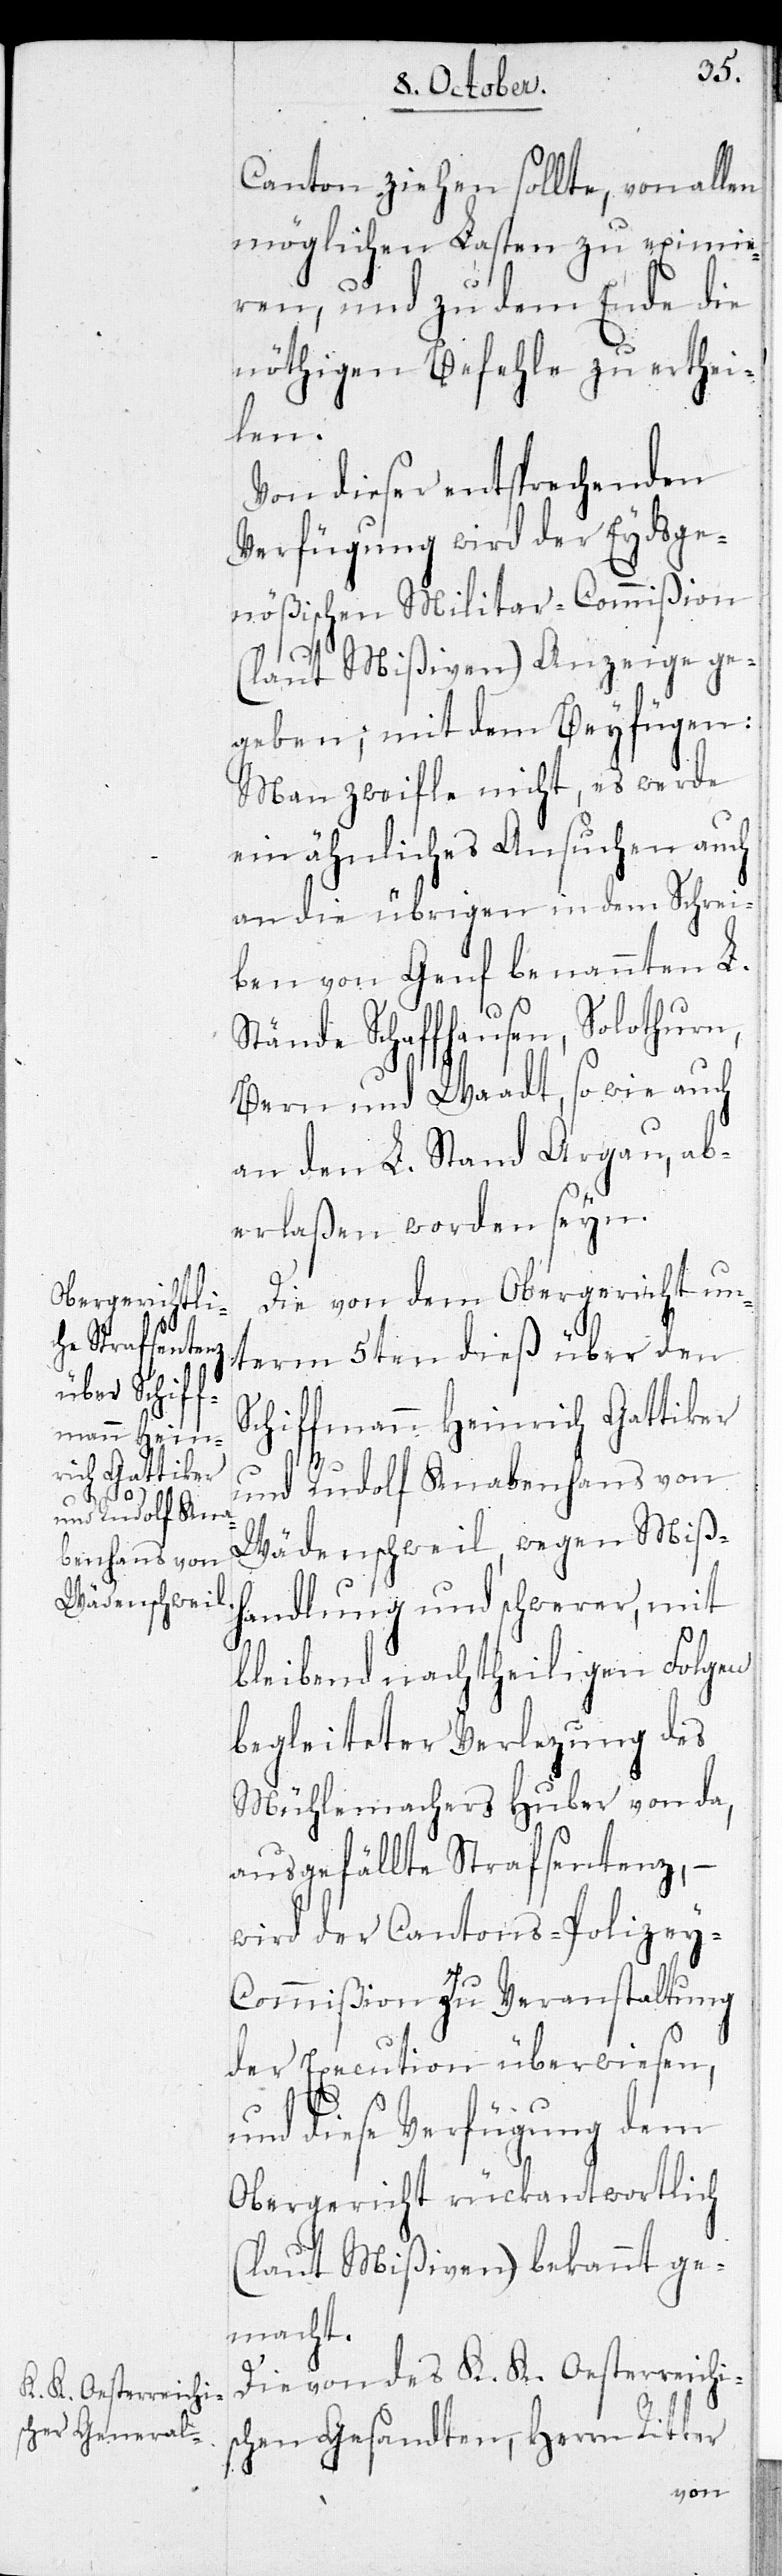
Canton ziehen sollte, von allen
möglichen Lasten zu eximie¬
ren, und zu dem Ende die
nöthigen Befehle zu erthei¬
len.
Von dieser entsprechenden
Verfügung wird der Eydsge¬
nößischen Militar-Commißion
(laut Mißiven) Anzeige ge¬
geben; mit dem Beyfügen:
Man zweifle nicht, es werde
ein ähnliches Ansuchen auch
an die übrigen in dem Schrei¬
ben von Genf benannten L.
Stände Schaffhausen, Solothurn,
Bern und Waadt, so wie auch
an den L. Stand Aargau, ab¬
erlaßen worden seyn.
Die von dem Obergericht un¬
term 5ten dieß über den
Schiffmann Heinrich Gattiker
und Rudolf Knabenhans von
Wädenschweil, wegen Miß¬
handlung und schwerer, mit
bleibend nachtheiligen Folgen
begleiteter Verlezung des
Mühlemachers Huber von da,
ausgefällte Strafsentenz, –
wird der Cantons-Polizey-C¬
ommißion zu Veranstaltung
der Execution überwiesen,
und diese Verfügung dem
Obergericht rückantwortlich
(laut Mißiven) bekannt ge¬
macht.
Die von des K. K. Oesterreichi¬
schen Gesandten, Herrn Ritter